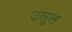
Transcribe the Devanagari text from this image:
उलूख